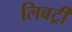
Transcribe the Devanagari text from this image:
लिबर्ट्री